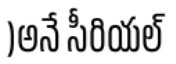
)అనే సీరియల్